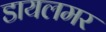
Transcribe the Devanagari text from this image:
डायलमर